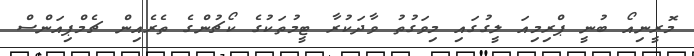
މޮރީނިއޯ ބުނީ ޕްރިމިއަ ލީގުގައި މިވަގުތު ވާދަކުރާ ޓީމުތަކުގެ ކޯޗުންގެ ތެރެއިން ޗެމްޕިއަންސް